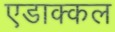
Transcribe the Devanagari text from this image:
एडाक्कल